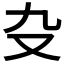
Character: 𠬚